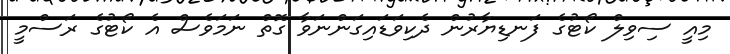
މިއީ ސިވިލް ކޯޓުގެ ފަނޑިޔާރުން ދެކިވަޑައިގަންނަވާ ގޮތް ނަމަވެސް އެ ކޯޓުގެ ރަސްމީ